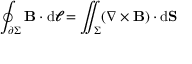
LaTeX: \oint _ { \partial \Sigma } \mathbf { B } \cdot \mathrm { d } { \boldsymbol { \ell } } = \iint _ { \Sigma } ( \nabla \times \mathbf { B } ) \cdot \mathrm { d } \mathbf { S }